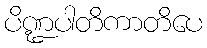
ပိဏ္ဍပါတိကာတိပေ